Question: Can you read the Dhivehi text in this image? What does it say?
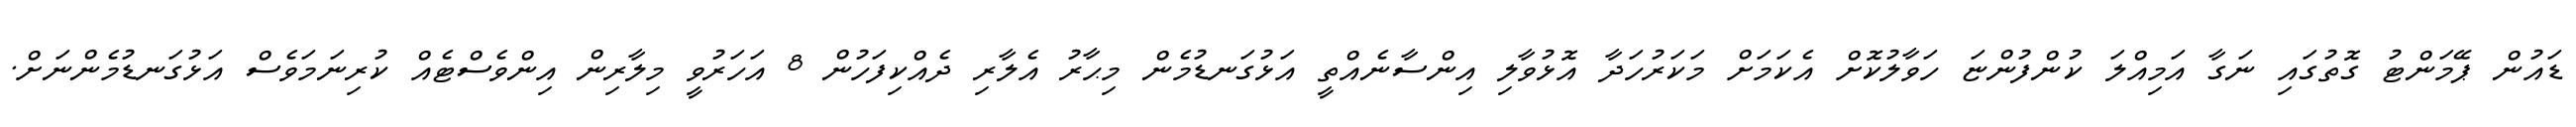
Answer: ޑައުން ޕޭމަންޓު ގޮތުގައި ނަގާ އަމިއްލަ ކުންފުންޏަ ހަވާލުކޮށް އެކަމަށް މަކަރުހަދާ އޮޅުވާލި އިންސާނެއްތީ އަޅުގަނޑުމެން މިޙާރު އެލާރި ދެއްކިފަހުން 8 އަހަރުވީ މިލާރިން އިންވެސްޓެއް ކުރިނަމަވެސް އަޅުގަނޑުމެންނަށް.